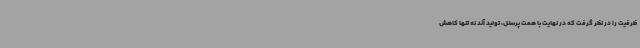
ظرفیت را در نظر گرفت که در نهایت با همت پرسنل، تولید آند نه تنها کاهش